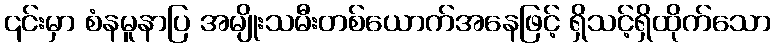
၎င်းမှာ စံနမူနာပြ အမျိုးသမီးတစ်ယောက်အနေဖြင့် ရှိသင့်ရှိထိုက်သော